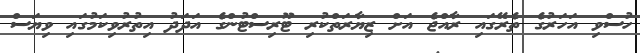
ހުސްވި އަހަރުގެ ތެރޭގައި ރާއްޖެ އަށް ޒިޔާރަތްކުރި ޓޫރިސްޓުންގެ އަދަދު އިތުރުވިކަމުގައި ވިޔަސް